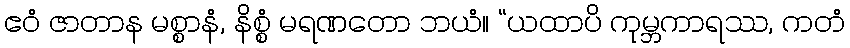
ဧဝံ ဇာတာန မစ္စာနံ, နိစ္စံ မရဏတော ဘယံ။ “ယထာပိ ကုမ္ဘကာရဿ, ကတံ